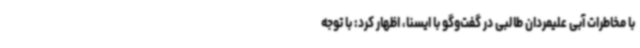
با مخاطرات آبی علیمردان طالبی در گفت‌وگو با ایسنا، اظهار کرد: با توجه